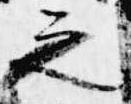
之